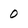
Character: 0